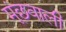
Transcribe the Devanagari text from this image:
मूंछवाली